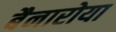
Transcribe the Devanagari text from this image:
बैनारोया